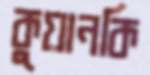
কুয়ানকি